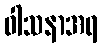
ဝါသနာအရ